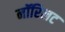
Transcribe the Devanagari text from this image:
नॉरिलट